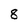
Character: 8